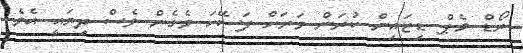
ރޯޑް މެޕް ޑިޒައިން ކުރަން ވަރަށް ފަސޭހަ ވެގެން ވެސް ދިޔައީ އެވެ.